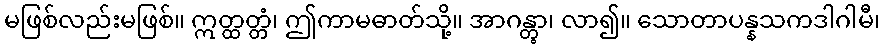
မဖြစ်လည်းမဖြစ်။ ဣတ္ထတ္တံ၊ ဤကာမဓာတ်သို့။ အာဂန္တွာ၊ လာ၍။ သောတာပန္နသကဒါဂါမီ၊